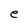
Character: e